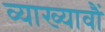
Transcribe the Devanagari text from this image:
व्याख्यावौं